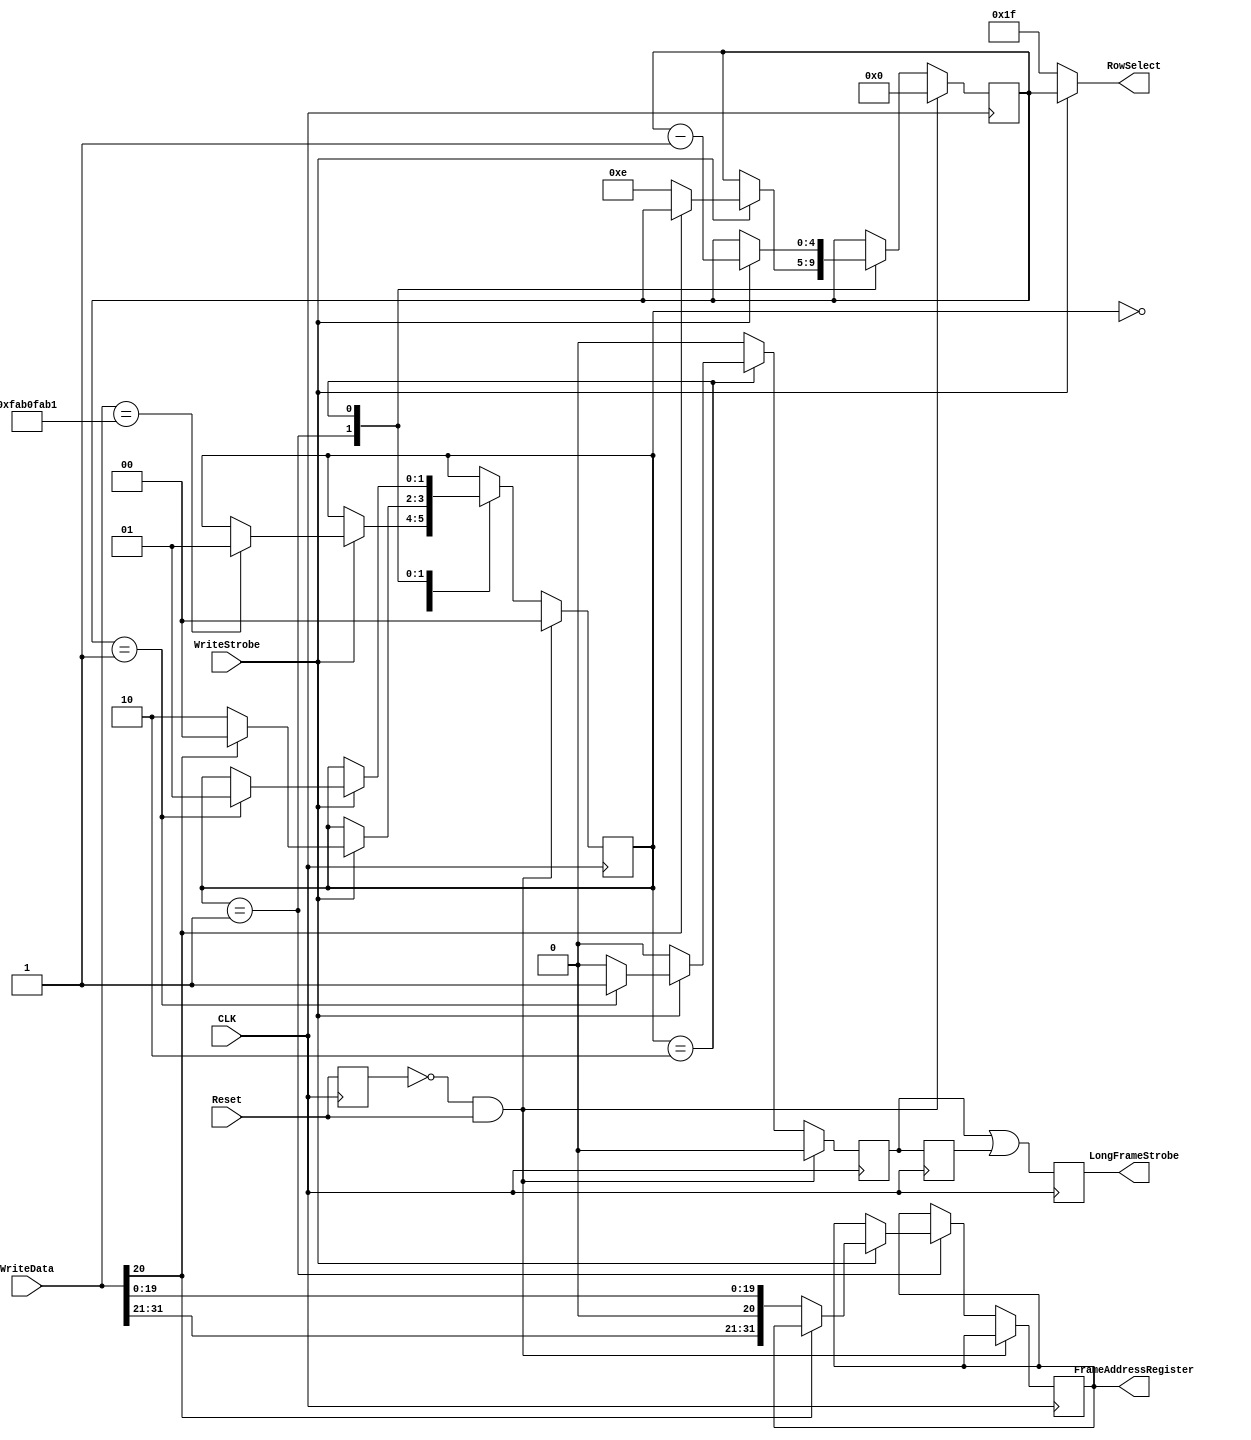
// SPDX-FileCopyrightText: 
// 2021 Nguyen Dao
//
// Licensed under the Apache License, Version 2.0 (the "License");
// you may not use this file except in compliance with the License.
// You may obtain a copy of the License at
//
//      http://www.apache.org/licenses/LICENSE-2.0
//
// Unless required by applicable law or agreed to in writing, software
// distributed under the License is distributed on an "AS IS" BASIS,
// WITHOUT WARRANTIES OR CONDITIONS OF ANY KIND, either express or implied.
// See the License for the specific language governing permissions and
// limitations under the License.
//
// SPDX-License-Identifier: Apache-2.0

module ConfigFSM (CLK, WriteData, WriteStrobe, Reset, FrameAddressRegister, LongFrameStrobe, RowSelect);
	parameter NumberOfRows = 14;
	parameter RowSelectWidth = 5;
	parameter FrameBitsPerRow = 32;
	parameter desync_flag = 20;

	input CLK; 
	
	input [31:0] WriteData;
	input WriteStrobe;
	input Reset;
	
	output reg [FrameBitsPerRow-1:0] FrameAddressRegister;
	output reg LongFrameStrobe = 0;
	output reg [RowSelectWidth-1:0] RowSelect;
	
	reg FrameStrobe = 0;
	//signal FrameShiftState : integer range 0 to (NumberOfRows + 2);
	reg [4:0] FrameShiftState = 0;

	//FSM
	reg [1:0] state = 0;
	reg old_reset;
	always @ (posedge CLK) begin : P_FSM
		old_reset <= Reset;
		FrameStrobe <= 1'b0;
		// we only activate the configuration after detecting a 32-bit aligned pattern "x"FAB0_FAB1"
		// this allows placing the com-port header into the file and we can use the same file for parallel or UART configuration
		// this also allows us to place whatever metadata, the only point to remeber is that the pattern/file needs to be 4-byte padded in the header
		if ((old_reset == 1'b0) && (Reset == 1'b1)) begin // reset all on ComActive posedge
			state <= 0;
			FrameShiftState <= 0;
		end else begin
			case(state)
				0: begin // unsynched
					if(WriteStrobe == 1'b1) begin // if writing enabled
						if (WriteData == 32'hFAB0_FAB1) begin // fire only after seeing pattern 0xFAB0_FAB1
							state <= 1; //go to synched state
						end
					end
				end
				1: begin // SyncState read header
					if(WriteStrobe == 1'b1) begin// if writing enabled
						if(WriteData[desync_flag] == 1'b1) begin // desync
							state <= 0; //desynced
						end else begin
							FrameAddressRegister <= WriteData;
							FrameShiftState <= NumberOfRows  ;
							state <= 2; //writing frame data
						end
					end
				end
				2: begin
					if(WriteStrobe == 1'b1) begin// if writing enabled
						FrameShiftState <= FrameShiftState -1 ;
						if(FrameShiftState == 1) begin // on last frame
							FrameStrobe <= 1'b1; //trigger FrameStrobe
							state <= 1; // we go to synched state waiting for next frame or desync
						end
					end
				end
			endcase
		end
	end
	
	always @ (*) begin
		if(WriteStrobe) begin // if writing active
			RowSelect = FrameShiftState; // we write the frame
		end else begin
			RowSelect = {RowSelectWidth{1'b1}}; //otherwise, we write an invalid frame
		end
	end
	
	reg oldFrameStrobe = 0;
	always @ (posedge CLK) begin : P_StrobeREG
		oldFrameStrobe <= FrameStrobe;
		LongFrameStrobe <= (FrameStrobe || oldFrameStrobe);
	end//CLK
	
endmodule